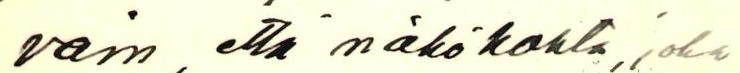
vain, että näkökohta, joka